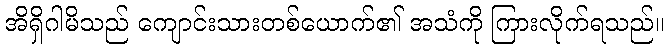
အိရှိဂါမိသည် ကျောင်းသားတစ်ယောက်၏ အသံကို ကြားလိုက်ရသည်။